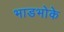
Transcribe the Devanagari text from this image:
भाडभोके